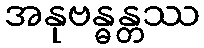
အနုဗန္ဓန္တဿ